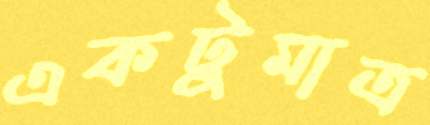
একটুমাত্র